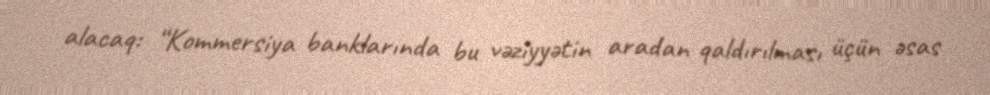
alacaq: “Kommersiya banklarında bu vəziyyətin aradan qaldırılması üçün əsas